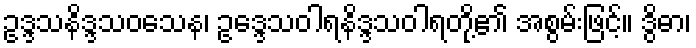
ဥဒ္ဒသနိဒ္ဒသဝသေန၊ ဥဒ္ဒေသဝါရနိဒ္ဒသဝါရတို့၏ အစွမ်းဖြင့်။ ဒွိဓာ၊